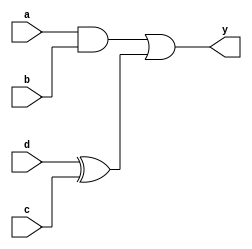
//*******************************FILE HEAD**************************************
//*********************Verilog HDL *********************
// FUNCTION        : 
// AUTHOR          : 
// DATE & REVISION : 
// COMPANY         : Verilog HDL 
// UPDATE          :
//******************************************************************************

module block_assign_three
        (
            input a,
            input b,
            input c,
            input d,
            
            output y        
        );
    
    reg temp1;
    reg temp2;
    reg y_r;
    
    assign y = y_r;
    
    always @(a, b, c, d)
    begin
        y_r = temp1 | temp2;
        temp1 = a & b;
        temp2 = d ^ c;        
    end    
endmodule
// END OF block_assign_three.v FILE ***************************************************